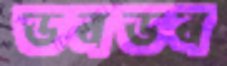
ডবডব